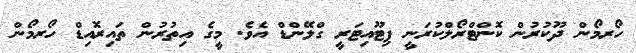
ހޯރމޯން ދޫކުރުން ކޮންޓްރޯލްކުރަނީ ޕިޓޫއިޓަރީ ގްލޭންޑް އެވެ. މީގެ އިތުރުން ތައިރޮއިޑް ހޯރމޯން